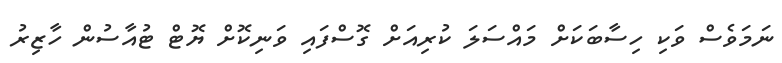
ނަމަވެސް ވަކި ހިސާބަކަށް މައްސަލަ ކުރިއަށް ގޮސްފައި ވަނިކޮށް ޔޮޓް ޓުއާސުން ހާޒިރު